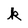
Character: k